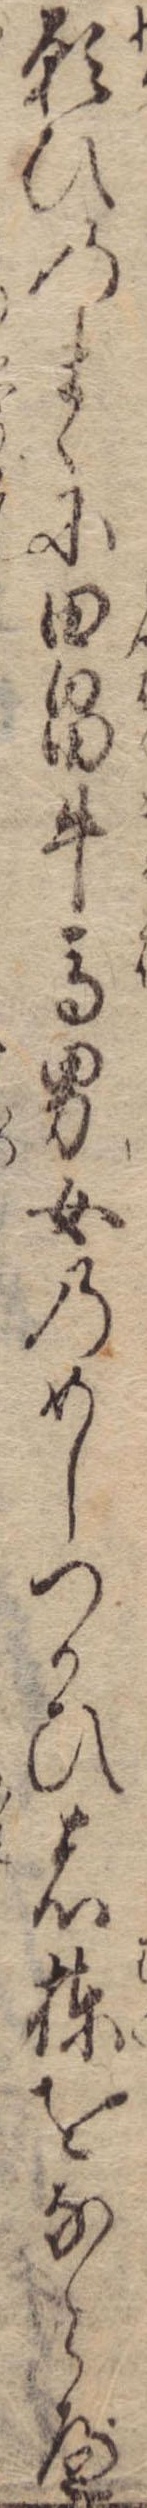
願ひのまゝに田畠牛馬男女のめしつかひ者棟をならべ